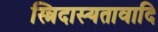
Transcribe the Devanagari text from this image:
स्त्रिदास्यतावादि